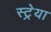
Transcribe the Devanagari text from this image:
स्ट्रेया